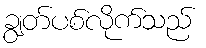
ချွတ်ပစ်လိုက်သည်